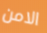
الامن